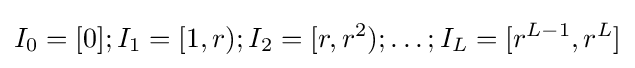
I_{0}=[0];I_{1}=[1,r);I_{2}=[r,r^{2});\ldots ;I_{L}=[r^{L-1},r^{L}]